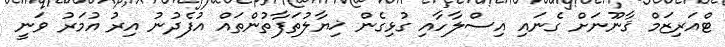
ޓްއަރިޒަމް ޤާނޫނަށް ގެނައި އިސްލާހާއި ގުޅިގެން ޚިޔާލުތަފާތުންތައް އުފެދުނު އިރު އުމަރު ވަނީ